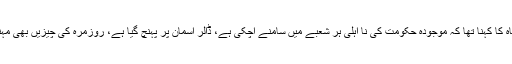
ناصر شاہ کا کہنا تھا کہ موجودہ حکومت کی نا اہلی ہر شعبے میں سامنے آچکی ہے، ڈالر آسمان پر پہنچ گیا ہے، روزمرہ کی چیزیں بھی مہنگی ہیں۔